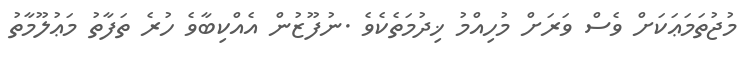
މުޖުތަމަޢަކަށް ވެސް ވަރަށް މުހިއްމު ޚިދުމަތެކެވެ .ނުފޫޒުން އެއްކިބާވެ ހުރެ ތަފާތު މަޢުލޫމާތު